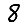
Digit: 8